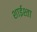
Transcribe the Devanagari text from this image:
शाईश्ता